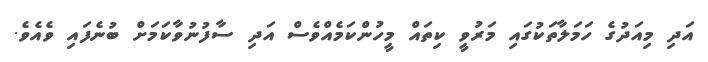
އަދި މިއަދުގެ ހަމަލާތަކުގައި މަރުވީ ކިތައް މީހުންކަމެއްވެސް އަދި ސާފުނުވާކަމަށް ބުނެފައި ވެއެވެ.